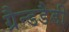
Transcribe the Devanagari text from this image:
ग्रैन्डडैडी